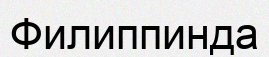
Филиппинда